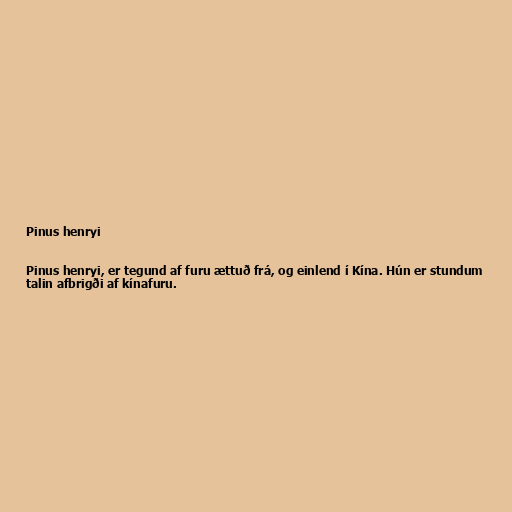
Pinus henryi

Pinus henryi, er tegund af furu ættuð frá, og einlend í Kína. Hún er stundum
talin afbrigði af kínafuru.